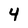
Character: 4